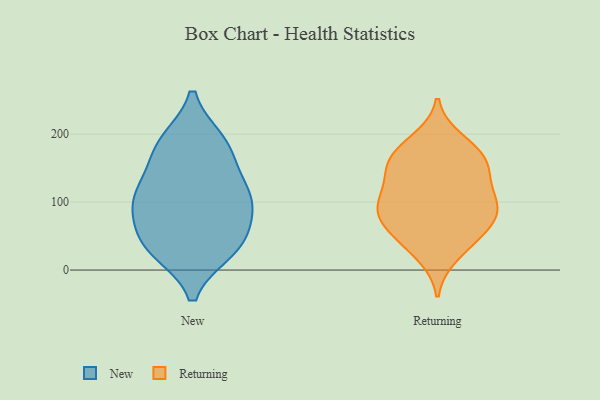
{"axis": {"x": "Inventory Turnover", "y": "Value"}, "legend": ["New", "Returning"], "data": [{"x": "", "y": 96, "type": "New"}, {"x": "", "y": 107, "type": "New"}, {"x": "", "y": 183, "type": "New"}, {"x": "", "y": 188, "type": "New"}, {"x": "", "y": 38, "type": "New"}, {"x": "", "y": 94, "type": "New"}, {"x": "", "y": 107, "type": "New"}, {"x": "", "y": 48, "type": "New"}, {"x": "", "y": 35, "type": "New"}, {"x": "", "y": 30, "type": "New"}, {"x": "", "y": 176, "type": "New"}, {"x": "", "y": 128, "type": "New"}, {"x": "", "y": 166, "type": "Returning"}, {"x": "", "y": 161, "type": "Returning"}, {"x": "", "y": 140, "type": "Returning"}, {"x": "", "y": 154, "type": "Returning"}, {"x": "", "y": 81, "type": "Returning"}, {"x": "", "y": 62, "type": "Returning"}, {"x": "", "y": 178, "type": "Returning"}, {"x": "", "y": 54, "type": "Returning"}, {"x": "", "y": 136, "type": "Returning"}, {"x": "", "y": 78, "type": "Returning"}, {"x": "", "y": 99, "type": "Returning"}, {"x": "", "y": 105, "type": "Returning"}, {"x": "", "y": 94, "type": "Returning"}, {"x": "", "y": 96, "type": "Returning"}, {"x": "", "y": 22, "type": "Returning"}, {"x": "", "y": 40, "type": "Returning"}, {"x": "", "y": 191, "type": "Returning"}]}